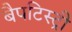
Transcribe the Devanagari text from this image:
बैपटिस्ट्री